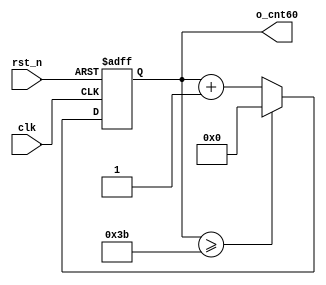
module cnt60(		o_cnt60,
					clk,
					rst_n);

output	[5:0]	o_cnt60			;

input			clk				;
input			rst_n			;

reg	[5:0]	o_cnt60			;

always @(posedge clk or negedge rst_n) begin
	if(rst_n == 1'b0) begin
		o_cnt60 <= 6'd0;
	end else begin
		if(o_cnt60 >= 6'd59) begin
			o_cnt60 <= 6'd0;
		end else begin
			o_cnt60 <= o_cnt60 + 1'b1;
		end
	end
end
endmodule

//	--------------------------------------------------
//	Numerical Controlled Oscillator
//	Hz of o_gen_clk = Clock Hz / num
//	--------------------------------------------------

module	nco(	o_gen_clk,
				i_nco_num,
				clk,
				rst_n);

output			o_gen_clk		;	// 1Hz CLK

input	[31:0]	i_nco_num		;
input			clk				;	// 50Mhz CLK
input			rst_n			;

reg	[31:0]	cnt				;
reg			o_gen_clk		;

always @(posedge clk or negedge rst_n) begin
	if(rst_n == 1'b0) begin
		cnt		<= 32'd0;
		o_gen_clk	<= 1'd0	;
	end else begin
		if(cnt >= i_nco_num/2-1) begin
			cnt 	<= 32'd0;
			o_gen_clk	<= ~o_gen_clk;
		end else begin
			cnt <= cnt + 1'b1;
		end
	end
end
endmodule

//	--------------------------------------------------
//	NCO Clock Based 0~59 Counter
//	--------------------------------------------------

module	nco_cnt(
					o_nco_cnt,
					i_nco_num,
					clk,
					rst_n);

output	[5:0]	o_nco_cnt		;

input	[31:0]	i_nco_num		;
input			clk				;
input			rst_n			;

wire			gen_clk			;

nco		u_nco(		.o_gen_clk	(gen_clk		),
						.i_nco_num	( i_nco_num		),
						.clk		(clk			),
						.rst_n		(rst_n			));

cnt60		u_cnt60(	.o_cnt60	(o_nco_cnt		),
						.clk		( gen_clk		),
						.rst_n		( rst_n			));

endmodule

//	--------------------------------------------------
//	Flexible Numerical Display Decoder
//	--------------------------------------------------

module	fnd_dec(	o_seg,
					i_num);

output	[6:0]	o_seg			;	// {o_seg_a, o_seg_b, ... , o_seg_g}

input	[3:0]	i_num			;

reg 	[6:0] 	o_seg			;

always@(i_num) begin
		case(i_num)
			4'd0:	o_seg = 7'b111_1110;
			4'd1:	o_seg = 7'b011_0000;
			4'd2:	o_seg = 7'b110_1101;
			4'd3:	o_seg = 7'b111_1001;
			4'd4:	o_seg = 7'b011_0011;
			4'd5:	o_seg = 7'b101_1111;
 			4'd6:	o_seg = 7'b111_0000;
			4'd7:	o_seg = 7'b111_1111;
			4'd8:	o_seg = 7'b111_0011;
			4'd9:	o_seg = 7'b000_0000;
		endcase
end
endmodule

//	--------------------------------------------------
//	0~59 --> 2 Separated Segments
//	--------------------------------------------------
module	double_fig_sep(
						o_left,
						o_right,
						i_double_fig);

output	[3:0]	o_left					;
output	[3:0]	o_right					;

input	[5:0]	i_double_fig			;

assign	o_left = i_double_fig / 10		;
assign	o_right  = i_double_fig % 10	;

endmodule

//	--------------------------------------------------
//	0~59 --> 2 Separated Segments
//	--------------------------------------------------

module	led_disp(
					o_seg,
					o_seg_dp,
					o_seg_enb,
					i_six_digit_seg,
					i_six_dp,
					clk,
					rst_n);

output	[5:0]	o_seg_enb		;
output			o_seg_dp		;
output	[6:0]	o_seg			;

input	[41:0]	i_six_digit_seg	;
input	[5:0]	i_six_dp		;
input			clk				;
input			rst_n			;

wire			gen_clk			;

nco		u_nco(		.o_gen_clk	( gen_clk		),
						.i_nco_num	( 32'd50000		),
						.clk		( clk			),
						.rst_n		( rst_n			));

reg	[3:0]	cnt_common_node	;

always @(posedge gen_clk or negedge rst_n) begin
	if(rst_n == 1'b0) begin
		cnt_common_node		<= 32'd0;
	end else begin
		if(cnt_common_node >= 4'd5) begin
			cnt_common_node 	<= 4'd0;
		end else begin
			cnt_common_node <= cnt_common_node + 1'b1;
		end
	end
end

reg	[5:0]	o_seg_enb		;

always @(cnt_common_node) begin
	case (cnt_common_node)
		4'd0 : o_seg_enb = 6'b111110;
		4'd1 : o_seg_enb = 6'b111101;
		4'd2 : o_seg_enb = 6'b111011;
		4'd3 : o_seg_enb = 6'b110111;
		4'd4 : o_seg_enb = 6'b101111;
		4'd5 : o_seg_enb = 6'b011111;
	endcase
end

reg			o_seg_dp		;

always @(cnt_common_node) begin
	case (cnt_common_node)
		4'd0 : o_seg_dp = i_six_dp[0];
		4'd1 : o_seg_dp = i_six_dp[1];
		4'd2 : o_seg_dp = i_six_dp[2];
		4'd3 : o_seg_dp = i_six_dp[3];
		4'd4 : o_seg_dp = i_six_dp[4];
		4'd5 : o_seg_dp = i_six_dp[5];
	endcase
end

reg	[6:0]	o_seg			;

always @(cnt_common_node) begin
	case (cnt_common_node)
		4'd0 : o_seg = i_six_digit_seg[6:0];
		4'd1 : o_seg = i_six_digit_seg[13:7];
		4'd2 : o_seg = i_six_digit_seg[20:14];
		4'd3 : o_seg = i_six_digit_seg[27:21];
		4'd4 : o_seg = i_six_digit_seg[34:28];
		4'd5 : o_seg = i_six_digit_seg[41:35];
	endcase
end

endmodule

//	--------------------------------------------------
//	Top Module
//	--------------------------------------------------

module	top_nco_cnt_disp(
							o_seg_enb,
							o_seg_dp,
							o_seg,
							clk,
							rst_n);

output	[5:0]	o_seg_enb		;
output			o_seg_dp		;
output	[6:0]	o_seg			;

input			clk				;
input			rst_n			;

wire 	[5:0] 	nco_cnt;

nco_cnt		u_nco_cnt(	.o_nco_cnt(nco_cnt			),
						.i_nco_num(32'd50000000			),
						.clk(clk						),
						.rst_n(rst_n					));

wire 	[3:0] left				;

wire 	[3:0] right				;

double_fig_sep		u_double_fig_sep(	.o_left		(left			),
										.o_right	(right			),
										.i_double_fig	(nco_cnt	));

wire 	[6:0]	seg_left 		;

wire 	[6:0]	seg_right		;

fnd_dec 	u0(		.o_seg(seg_left		),
					.i_num(left			));

fnd_dec		u1(	.o_seg(seg_right	),
					.i_num(right		));

wire 	[41:0] six_digit_seg		;

assign six_digit_seg={{4{7'b0000000}}, seg_left, seg_right};

led_disp	u2(
			.o_seg(o_seg					),
			.o_seg_dp(o_seg_dp				),
			.o_seg_enb(o_seg_enb			),
			.i_six_digit_seg(six_digit_seg	),
			.i_six_dp(6'd0					),
			.clk(clk						),
			.rst_n(rst_n					));

endmodule